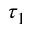
\tau _ { 1 }